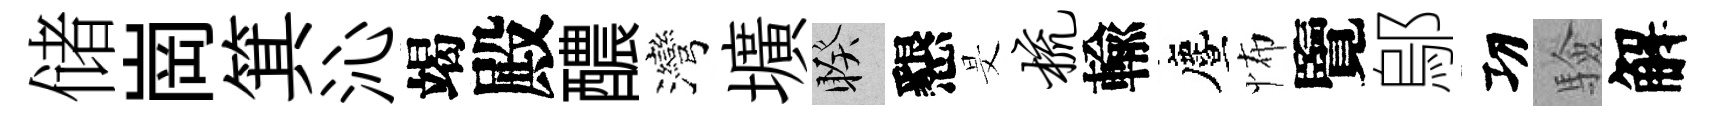
储崗箕沁竭殿醲灣壙睽懇旻梳輸󵨌怖覽鄔㓛驗解